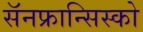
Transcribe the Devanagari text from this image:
सॅनफ्रान्सिस्को